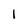
Character: 1